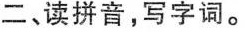
二、读拼音，写字词。